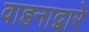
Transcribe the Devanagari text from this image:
वाहनाद्वारे